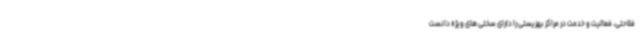
فلاحتی، فعالیت و خدمت در مراکز بهزیستی را دارای سختی های ویژه دانست